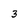
Character: 3